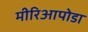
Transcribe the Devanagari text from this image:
मीरिआपोडा